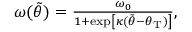
\begin{array} { r } { \omega ( \tilde { \theta } ) = \frac { \omega _ { 0 } } { 1 + \exp \left[ \kappa ( \tilde { \theta } - \theta _ { \mathrm { T } } ) \right] } , } \end{array}